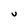
Character: U